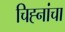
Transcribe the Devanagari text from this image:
चिह्नांचा